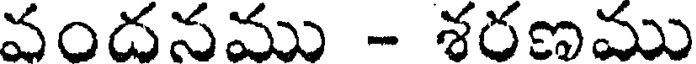
వందనము - శరణము